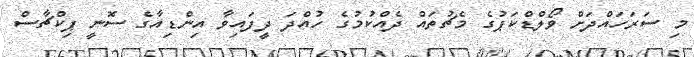
މި ސަރަހައްދަށް ވޯލްޑްކަޕުގެ މެޗުތައް ދެއްކުމުގެ ހުއްދަ ދީފައިވާ އިންޑިއާގެ ސޮނީ ޕިކްޗާސް